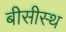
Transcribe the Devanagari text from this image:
बीसीस्थ